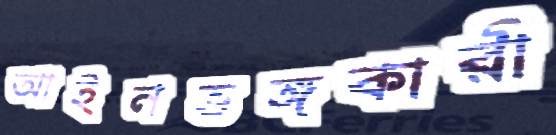
আইনভঙ্গকারী